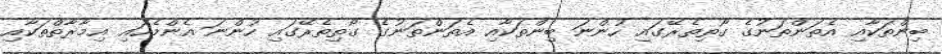
ބިންތަކާއި އެތަންތަނުގެ ގޯތިތެރޭގައި ހުންނަ ބިންތަކާއި އެތަންތަނުގެ ގޯތިތެރޭގައި ހުންނަ އެންމެހައި އިމާރާތްތަކާއި